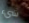
شيء